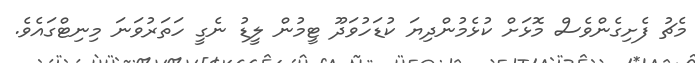
މެޗު ފެށިގެންވެސް މޮޅަށް ކުޅެމުންދިޔަ ކުޑަހުވަދޫ ޓީމުން ލީޑު ނެގީ ހަތަރުވަނަ މިނިޓްގައެވެ.